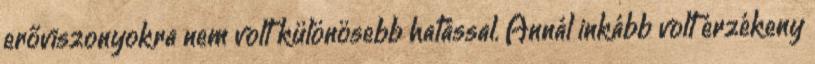
erőviszonyokra nem volt különösebb hatással. Annál inkább volt érzékeny